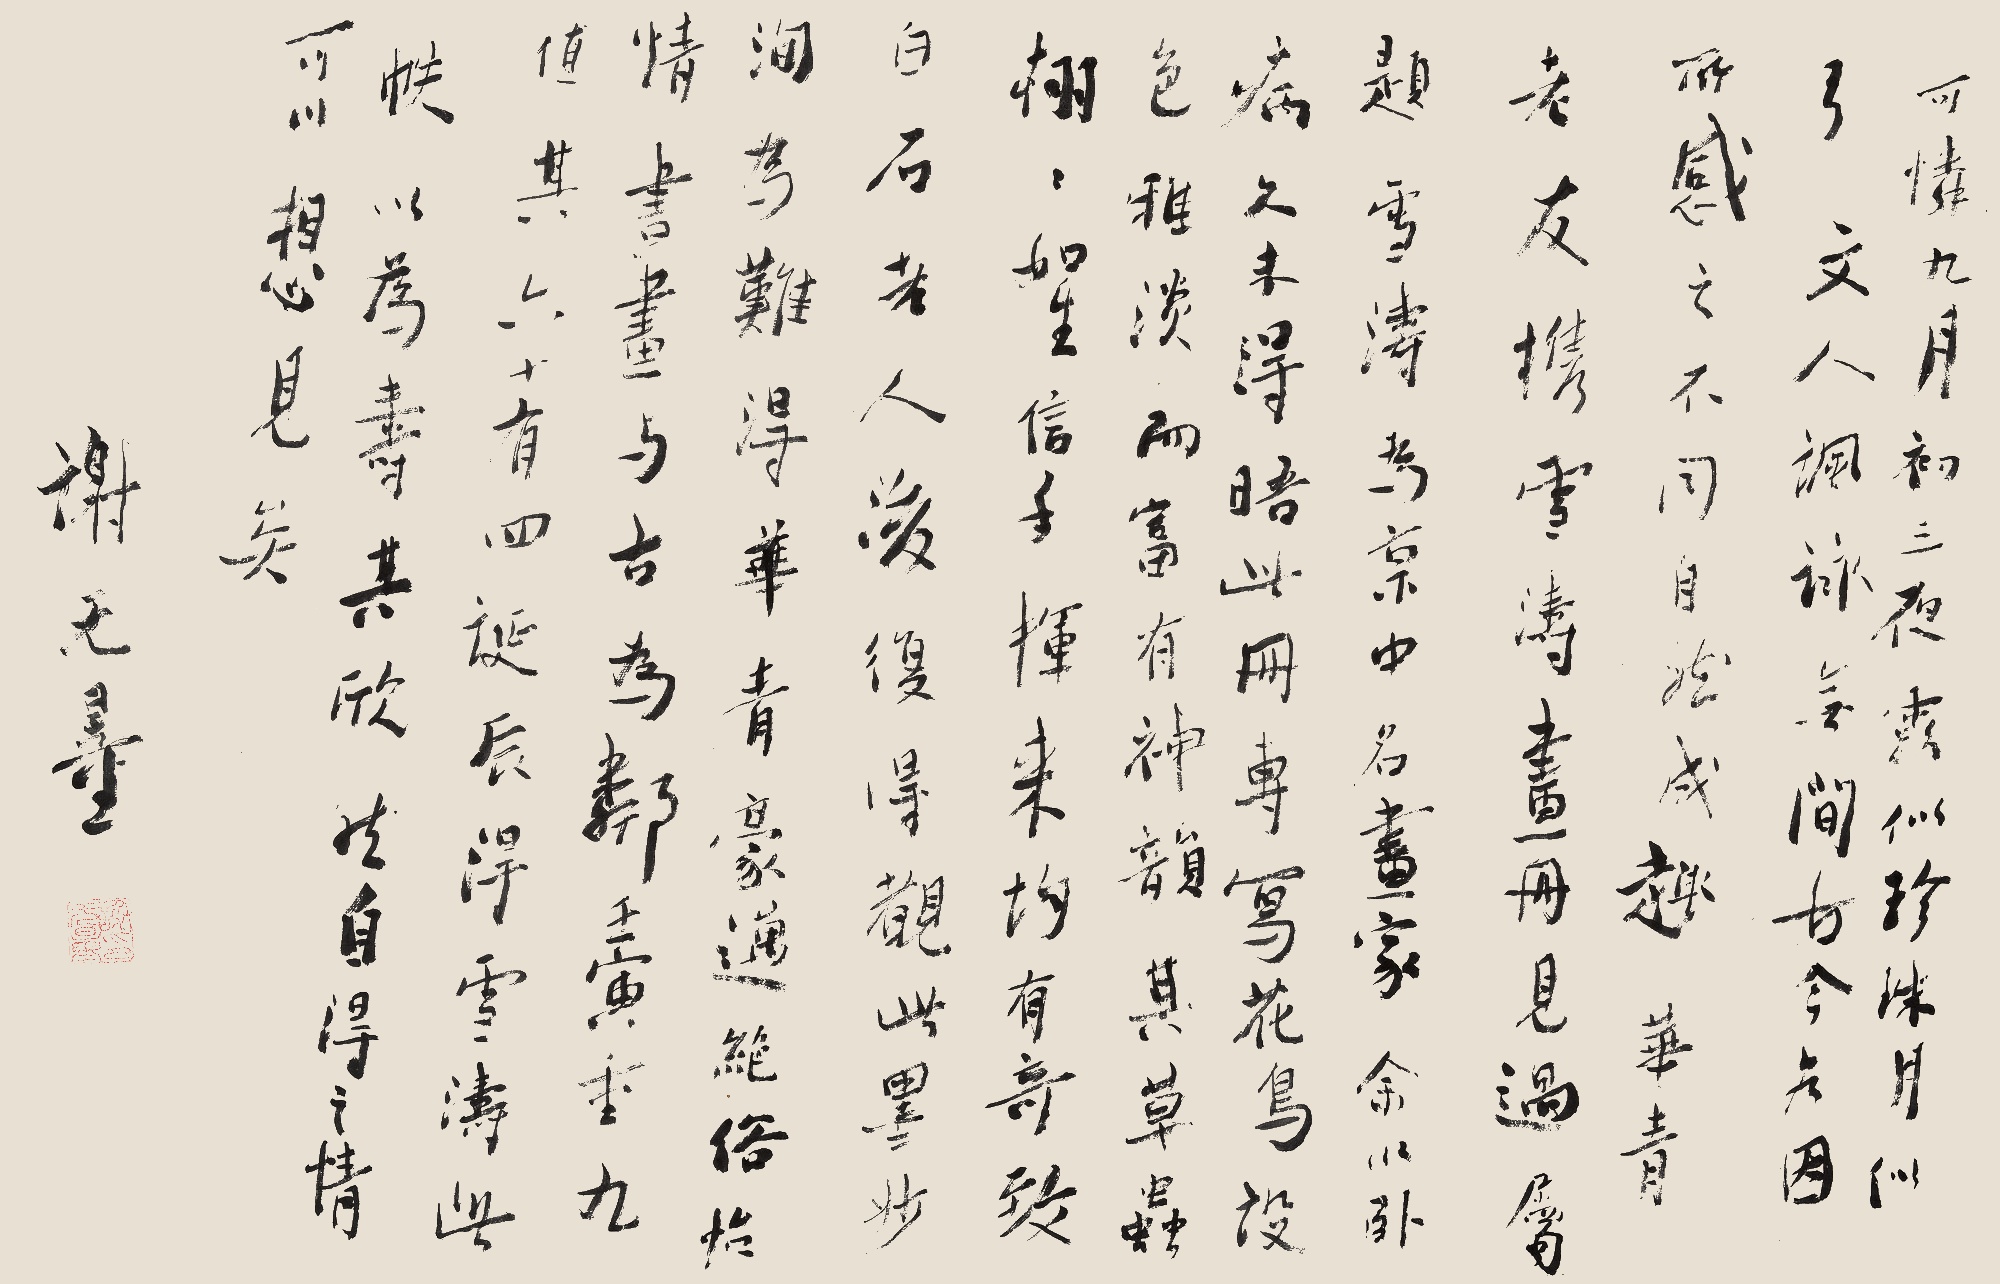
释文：可怜九月初三夜
露似珍珠月似弓
文人讽咏
无间古今
为因所感之不同
自然成趣
华青老友携雪涛画册见过属题
雪涛为京中名画家
余以卧病，久未得晤
此册专写花鸟
设色雅淡而富有神韵
其草虫栩栩如生
信手挥来，均有奇致
白石老人后复得观此墨妙
洵为难得
华青豪迈绝俗
怡情书画，与古为邻
壬寅重九值其六十有四诞辰
得雪涛此帙以为寿
其欣然自得之情
可以想见矣题 识 谢无量
钤 印 谢无量印